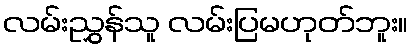
လမ်းညွှန်သူ လမ်းပြမဟုတ်ဘူး။